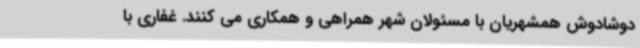
دوشادوش همشهریان با مسئولان شهر همراهی و همکاری می کنند. غفاری با